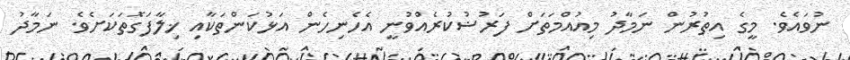
ނުވައެވެ. މީގެ އިތުރުން ނަމާދު މިއުއްމަތަށް ފަރުޟުކުރެއްވުނީ އެހެނިހެން އަޅުކަންތަކާއި ޚިލާފަގޮތަކަށެވެ. ނަމާދު